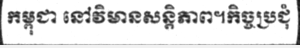
កម្ពុជា នៅវិមានសន្តិភាព។កិច្ចប្រជុំ